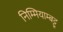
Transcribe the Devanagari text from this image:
निम्मियाम्बट्टू